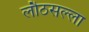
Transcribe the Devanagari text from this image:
लौठसल्ला